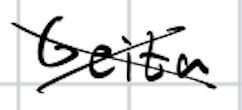
Text: Geita
Cross-out: mix
Writing tool: digital_black